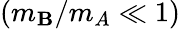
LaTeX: (m_{\mathbf{B}}/m_{A}\ll1)